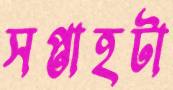
সপ্তাহটা